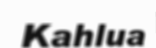
Kahlua